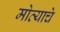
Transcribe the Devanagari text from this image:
मोत्याचे